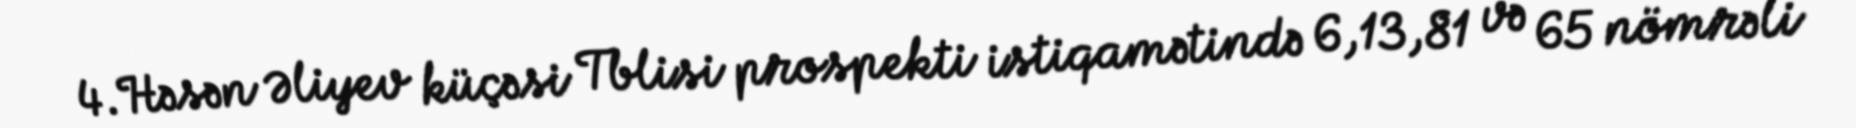
4.Həsən Əliyev küçəsi Tblisi prospekti istiqamətində 6,13,81 və 65 nömrəli